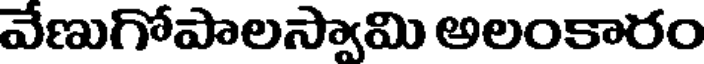
వేణుగోపాలస్వామి అలంకారం